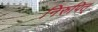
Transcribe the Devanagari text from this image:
निरुपित्